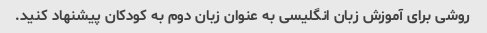
روشی برای آموزش زبان انگلیسی به عنوان زبان دوم به کودکان پیشنهاد کنید.